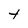
Character: t